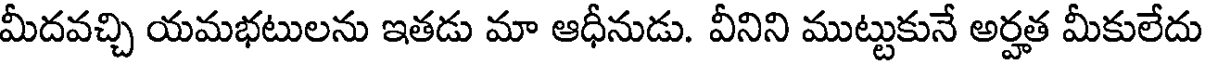
మీదవచ్చి యమభటులను ఇతడు మా ఆధీనుడు. వీనిని ముట్టుకునే అర్హత మీకులేదు